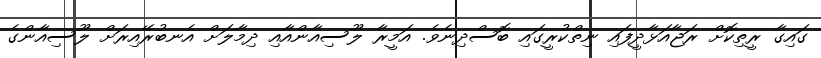
ގައިގާ ރީތިކޮށް ރަޖާއަޅާދީފައި ނިތްކުރީގައި ބޮސްދިނެވެ. އަމީރާ ލޫސިއާންއާއި ދިމާލަށް އެނބުރޭއިރަށް ލޫސިއާންގެ